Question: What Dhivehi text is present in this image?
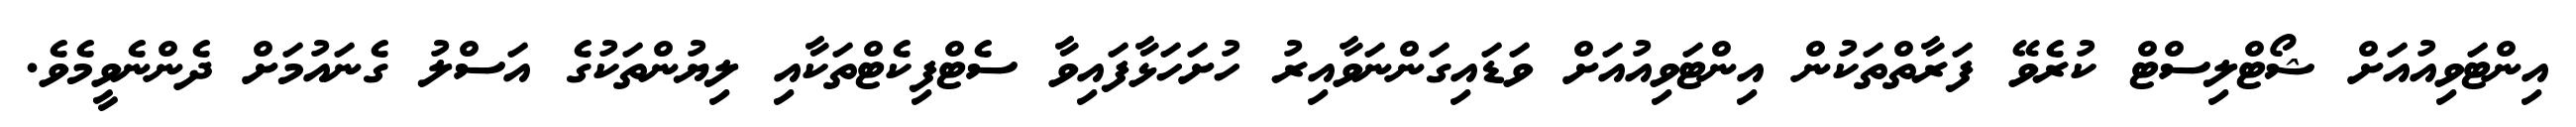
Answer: އިންޓަވިއުއަށް ޝޯޓްލިސްޓް ކުރެވޭ ފަރާތްތަކުން އިންޓަވިއުއަށް ވަޑައިގަންނަވާއިރު ހުށަހަޅާފައިވާ ސެޓްފިކެޓްތަކާއި ލިޔުންތަކުގެ އަސްލު ގެނައުމަށް ދެންނެވީމެވެ.